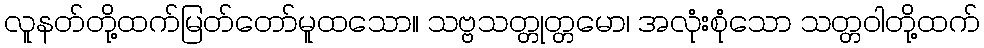
လူနတ်တို့ထက်မြတ်တော်မူထသော။ သဗ္ဗသတ္တုတ္တမော၊ အလုံးစုံသော သတ္တဝါတို့ထက်